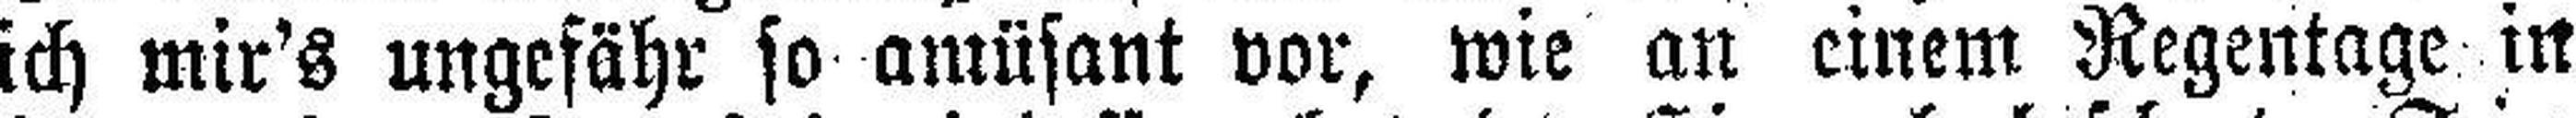
ich mir's ungefähr so amüsant vor, wie an einem Regentage in